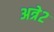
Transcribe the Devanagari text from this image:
अत्रे२